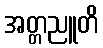
အတ္တညူတိ